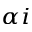
_ { \alpha i }